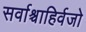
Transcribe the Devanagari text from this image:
सर्वाश्चाहिर्वजो